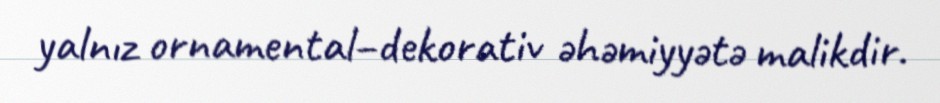
yalnız ornamental–dekorativ əhəmiyyətə malikdir.